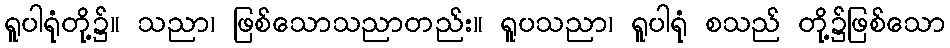
ရူပါရုံတို့၌။ သညာ၊ ဖြစ်သောသညာတည်း။ ရူပသညာ၊ ရူပါရုံ စသည် တို့၌ဖြစ်သော